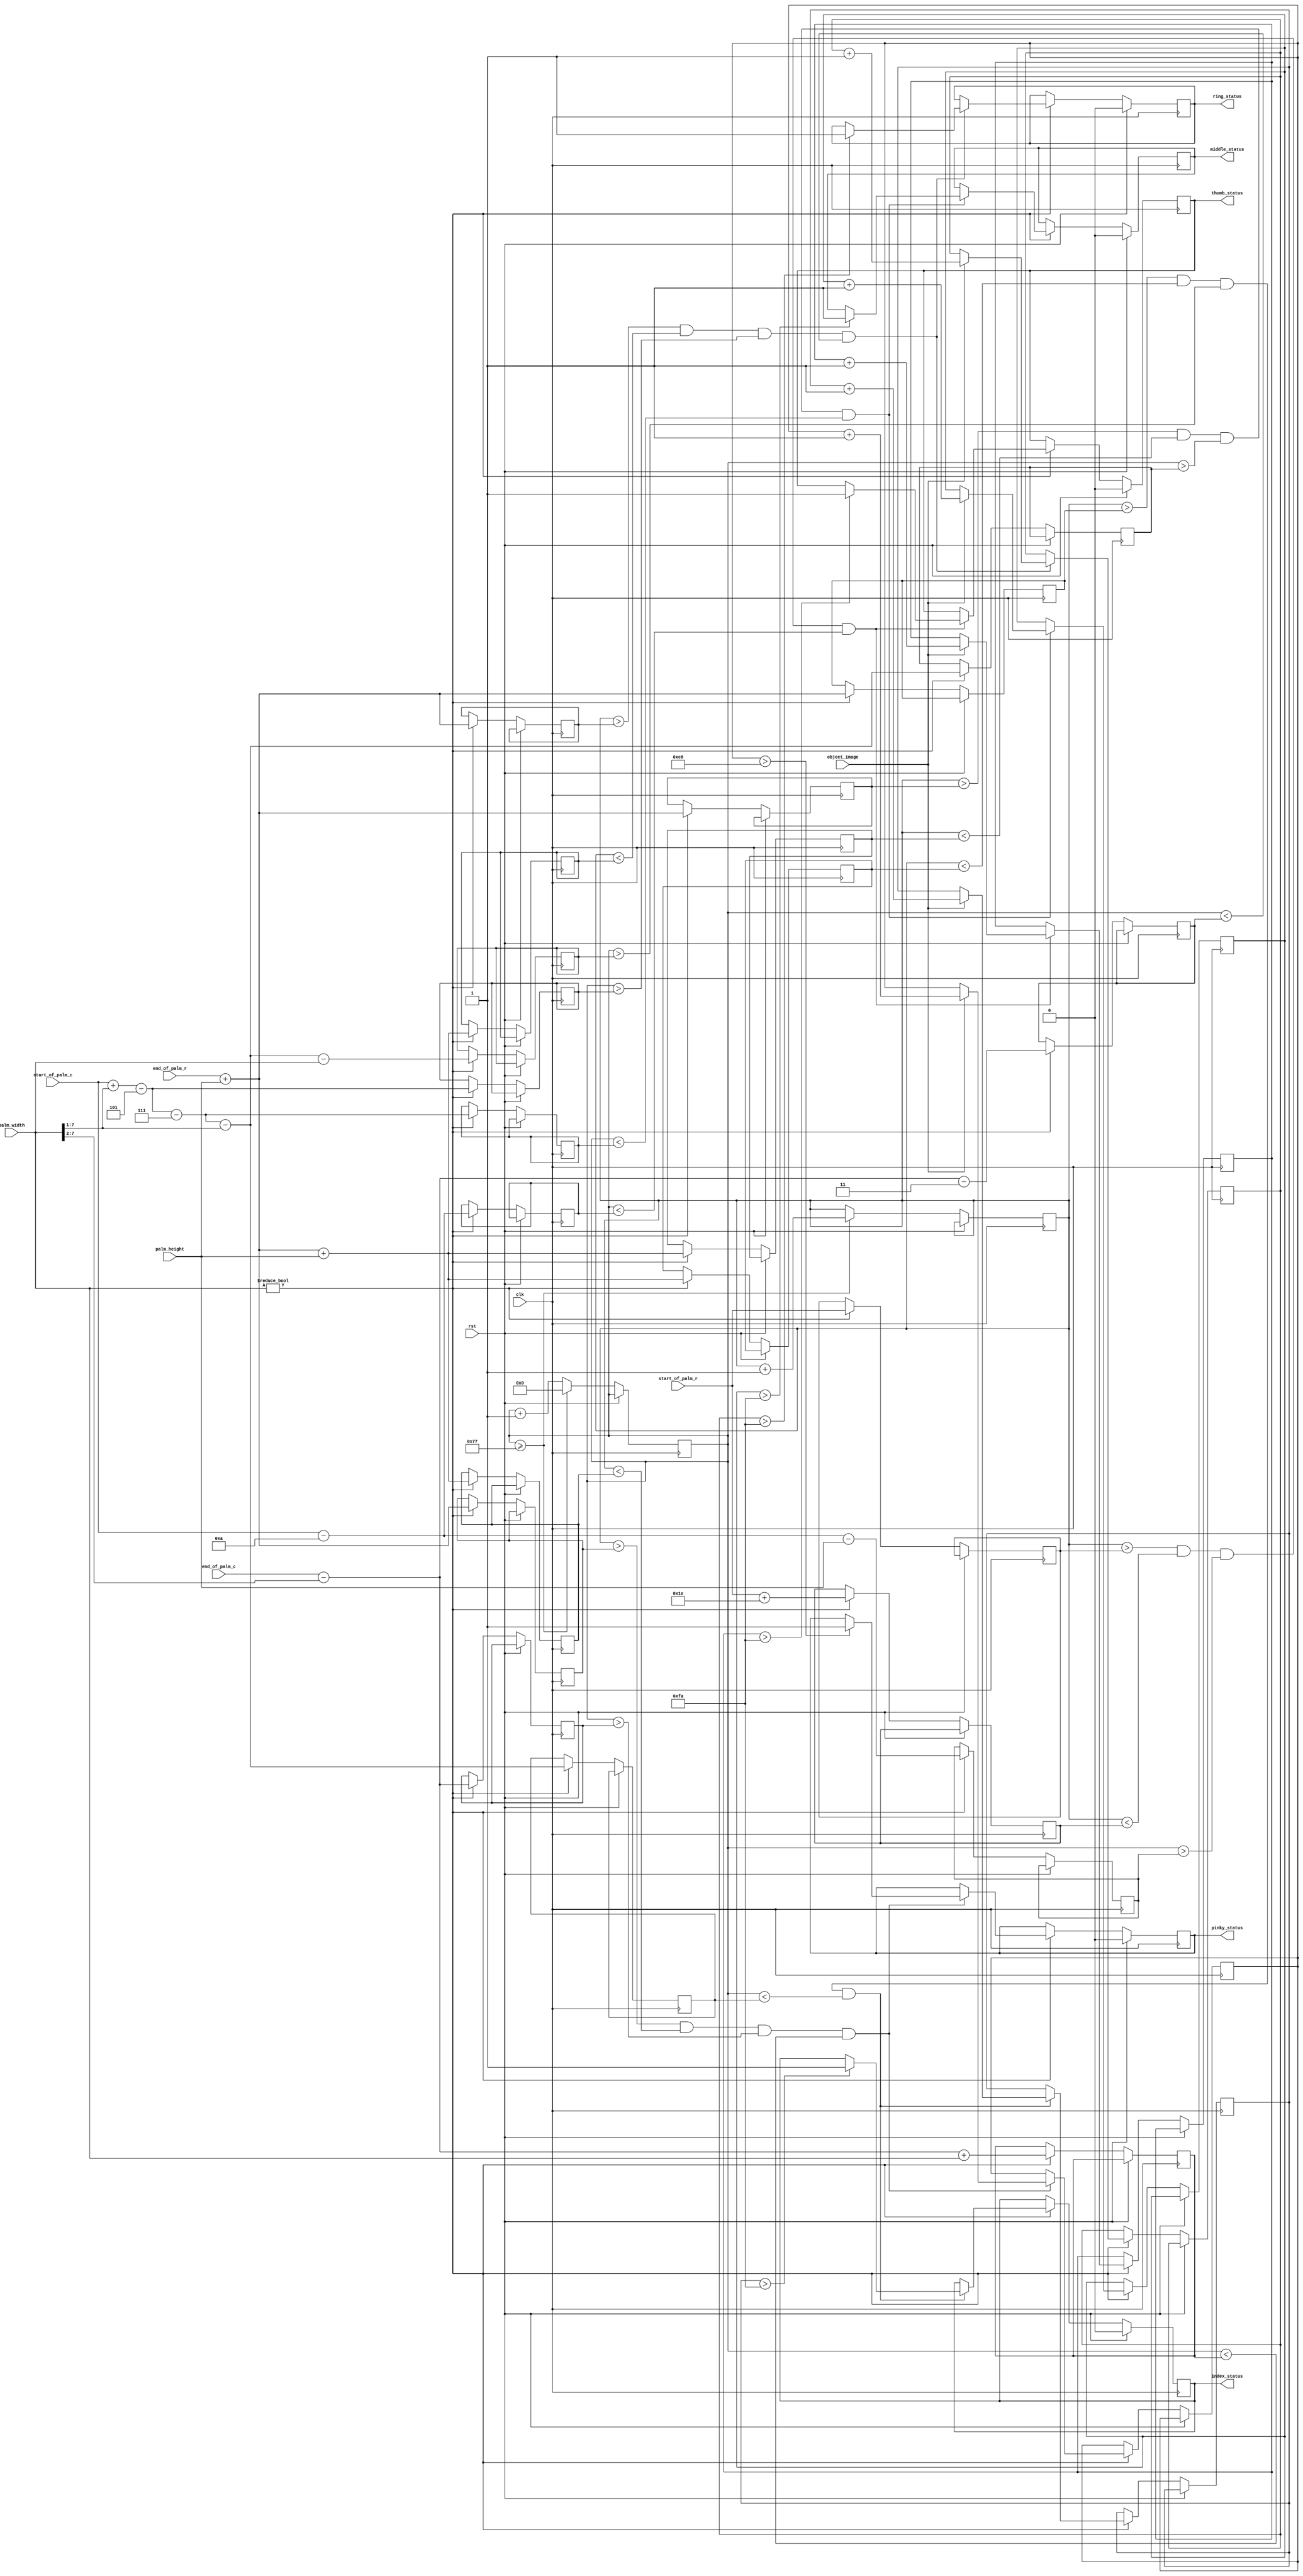
module FingerIdentification(object_image,
                            palm_width,
                            palm_height,
                            start_of_palm_r,
                            start_of_palm_c,
                            end_of_palm_r,
                            end_of_palm_c,
                            thumb_status,
                            index_status,
                            middle_status,
                            ring_status,
                            pinky_status,
                            rst,clk);
   
   input object_image;
   input [7:0] palm_width, palm_height;
   input [7:0] start_of_palm_r, start_of_palm_c;
   input [7:0] end_of_palm_r, end_of_palm_c;
   
   output      thumb_status, index_status, middle_status, ring_status, pinky_status;
   
   input       rst, clk;
   
   // Finger status indicators,
   // if open, status is `True`
   // else status is `False`
   reg         thumb_status=0;
   reg 	       index_status=0;
   reg 	       middle_status=0;
   reg 	       ring_status=0;
   reg 	       pinky_status=0;
   
   // The dimensions of the image
   reg [7:0] 	IMAGE_WIDTH=120, IMAGE_HEIGHT=160;
   reg [7:0] 	row_count = 0, col_count = 0;
   
   // Threshold triggers
   reg [7:0]   pinky_true=0;
   reg [7:0]   ring_true=0;
   reg [7:0]   middle_true=0;
   reg [7:0]   index_true=0;
   reg [7:0]   thumb_true=0;
   
   // FInger boxes
   reg [7:0]   pinky_left = 0;
   reg [7:0]   pinky_right = 0;
   reg [7:0]   pinky_top = 0;
   reg [7:0]   pinky_bottom = 0;
   
   reg [7:0]   ring_left = 0;
   reg [7:0]   ring_right = 0;
   reg [7:0]   ring_top = 0;
   reg [7:0]   ring_bottom = 0;

   reg [7:0]   middle_left = 0;
   reg [7:0]   middle_right = 0;
   reg [7:0]   middle_top = 0;
   reg [7:0]   middle_bottom = 0;
   
   reg [7:0]   thumb_left = 0;
   reg [7:0]   thumb_right = 0;
   reg [7:0]   thumb_top = 0;
   reg [7:0]   thumb_bottom = 0;
   
   reg [7:0]   index_left = 0;
   reg [7:0]   index_right = 0;
   reg [7:0]   index_top = 0;
   reg [7:0]   index_bottom = 0;
   
   always @(posedge clk) begin
      if(rst) begin
         thumb_status <= 0;
         index_status <= 0;
         middle_status <= 0;
         ring_status <= 0;
         pinky_status <= 0;
      end
      
      else begin

	 // Keep track of the image row and columns
         if(col_count >= IMAGE_WIDTH-1) begin
            // columns should not exceed image_width
            col_count <= 0;
            // increment row after 1 scan of column
            row_count <= row_count + 1;
         end
         else begin
               col_count <= col_count + 1;
         end
	 
	 // The palm has been found, start calculating the fingers
         if (palm_width != 0) begin
	    
	    // Create the Finger Boxes, The dimensions are similar to that of design in matlab.
            // Calculate the status of each finger.If the no.of white pixels in the finger's box
	    // exceeds the threshold, set its status
            pinky_left <= end_of_palm_c - (palm_width >> 2 ) + palm_width;
            pinky_right <= end_of_palm_c - (palm_width >> 2 );
            pinky_bottom <= end_of_palm_r + palm_height;
            pinky_top <= end_of_palm_r + palm_height + palm_height;	    
            if(row_count > pinky_bottom && row_count < pinky_top && col_count > pinky_right && col_count < pinky_left) begin
               if(object_image == 1) begin
                  pinky_true <= pinky_true + 1;
               end
               if(pinky_true > 200) begin
                  pinky_status <= 1;
               end
            end

            ring_left <= end_of_palm_c - (palm_width >> 2 ) - 3;
            ring_right <= start_of_palm_c + (palm_width >> 1) - 5;
            ring_bottom <= end_of_palm_r + palm_height;
            ring_top <= end_of_palm_r + palm_height + palm_height;	    
            if(row_count > ring_bottom && row_count < ring_top && col_count > ring_right && col_count < ring_left) begin            
               if(object_image == 1) begin
                  ring_true <= ring_true + 1;
               end
               if(ring_true > 250) begin
                  ring_status <= 1;
               end
            end

            middle_left <= start_of_palm_c + (palm_width >> 1) - 5 - 7;
            middle_right <=  start_of_palm_c + (palm_width >> 1) - 5 - 7 - (palm_width >> 1);
            middle_bottom <= end_of_palm_r + palm_height;
            middle_top <= end_of_palm_r + palm_height + palm_height;	    
            if(row_count > middle_bottom && row_count < middle_top && col_count > middle_right && col_count < middle_left) begin                    
               if(object_image == 1) begin
                  middle_true <= middle_true + 1;
               end
               if(middle_true > 250) begin
                  middle_status <= 1;
               end
            end
            
            index_left <= start_of_palm_c + (palm_width >> 1) - 5 - 7 - (palm_width >> 1);
            index_right <= start_of_palm_c + (palm_width >> 1) - 5 - 7 - (palm_width >> 1) - palm_width;
            index_bottom <= end_of_palm_r + palm_height;	    
            index_top <= end_of_palm_r + palm_height + palm_height;
            if(row_count > index_bottom && row_count < index_top && col_count > index_right && col_count < index_left) begin
               if(object_image == 1) begin
                  index_true <= index_true + 1;
               end
               if(index_true > 250) begin
                  index_status <= 1;
               end
            end
            
            thumb_left <= start_of_palm_c - 10;
            thumb_right <= start_of_palm_c - 10 - palm_height;
            thumb_bottom <= start_of_palm_r;
            thumb_top <= start_of_palm_r + 30;
            if(row_count > thumb_bottom && row_count < thumb_top && col_count > thumb_right && col_count < thumb_left) begin      
               if(object_image == 1) begin
                  thumb_true <= thumb_true + 1;
               end
               if(thumb_true > 250) begin
                  thumb_status <= 1;
               end
            end
         end // if (palm_width != 0)
      end // else: !if(rst)
   end // always @ (posedge clk)
endmodule